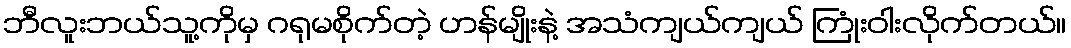
ဘီလူးဘယ်သူ့ကိုမှ ဂရုမစိုက်တဲ့ ဟန်မျိုးနဲ့ အသံကျယ်ကျယ် ကြုံးဝါးလိုက်တယ်။